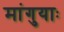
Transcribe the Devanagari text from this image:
मांगुयाः